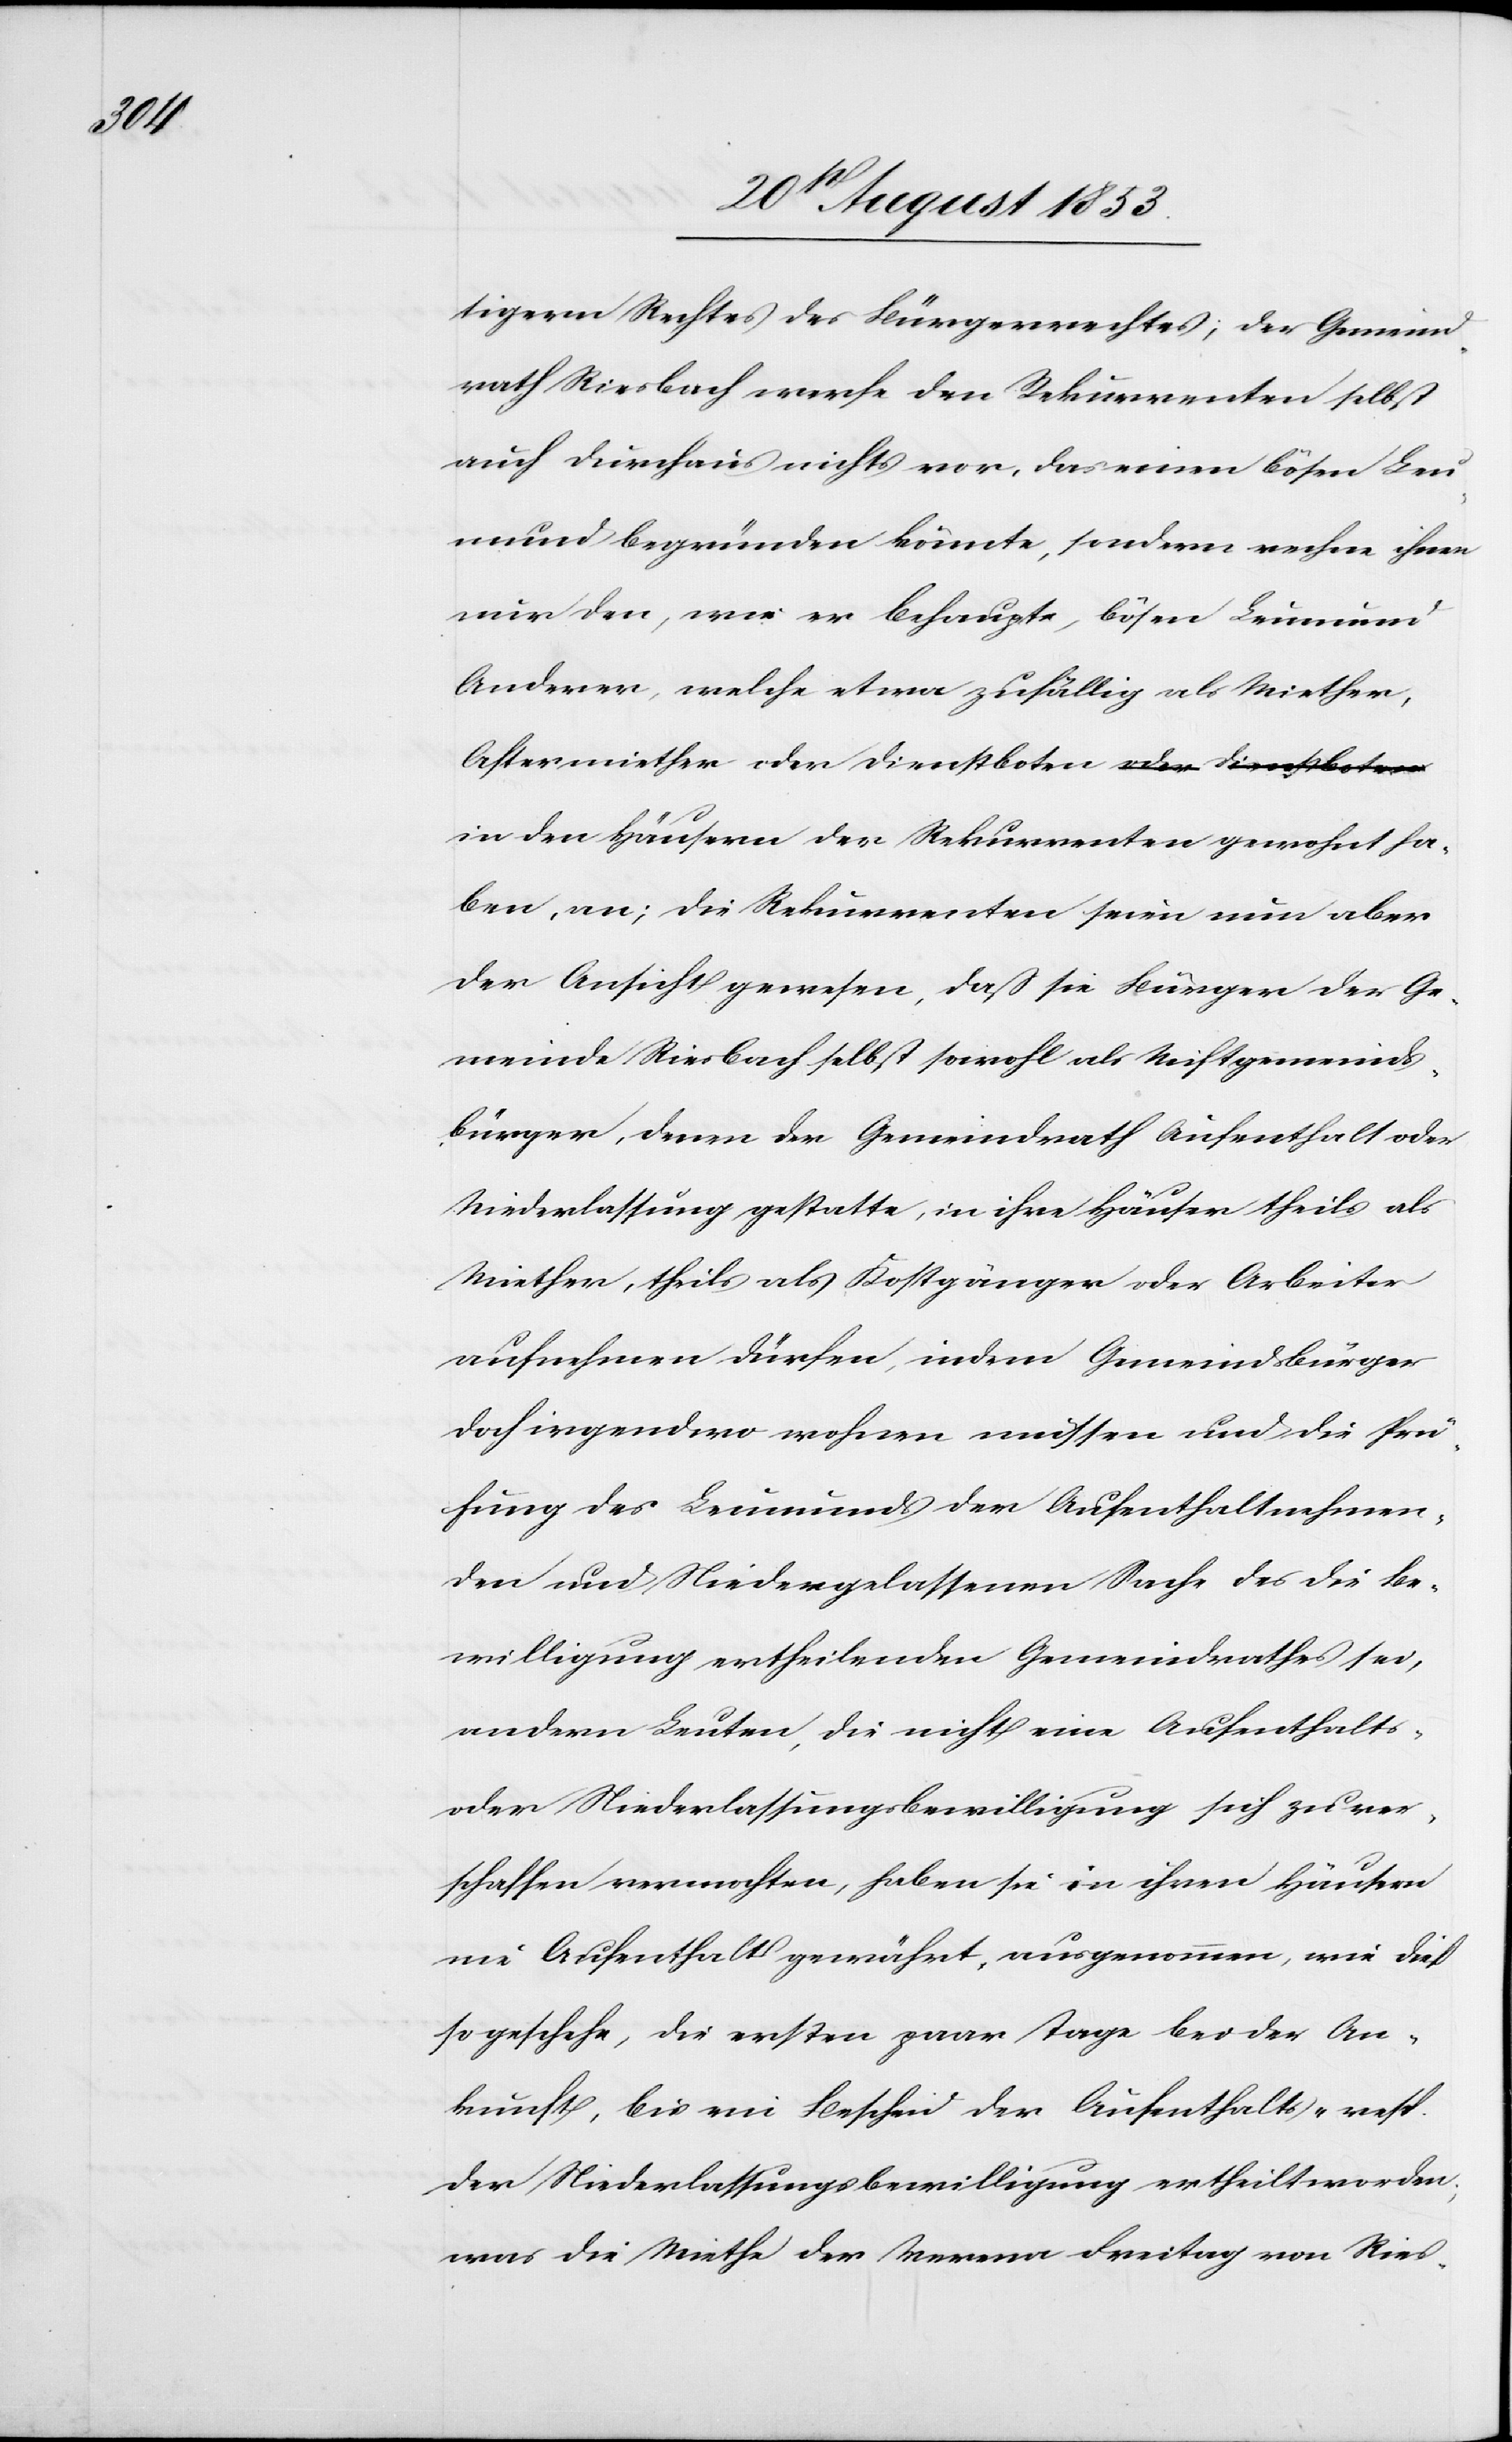
ha¬

tigern Rechtes des Bürgerrechtes; der Gemeind¬
rath Riesbach werfe den Rekurrenten selbst
auch durchaus nichts vor, das einen bösen Leu¬
mund begründen könnte, sondern rechne ihnen
nur den, wie er behaupte, bösen Leumund
Anderer, welche etwa zufällig als Miether,
Aftermiether oder Dienstboten in den Häusern
ben, an; die Rekurrenten seien nun aber
der Ansicht gewesen, daß die Bürger der Ge¬
meinde Riesbach selbst sowohl als Nichtgemeinds¬
bürger, denen der Gemeindrath Aufenthalt oder
Niederlassung gestatte, in ihre Häuser theils als
Miether, theils als Kostgänger oder Arbeiter
aufnehmen dürfen, indem Gemeindsbürger
doch irgendwo wohnen müssen und die Prü¬
fung des Leumund der Aufenthaltnehmen¬
den und Niedergelassenen Sache des die Be¬
willigung ertheilenden Gemeindrathes sei,
andern Leuten, die nicht eine Aufenthalts-
oder Niederlassungsbewilligung sich zu ver¬
schaffen vermochten, haben sie in ihren Häusern
nie Aufenthalt gewährt, ausgenommen, wie dieß
so geschehe, die ersten paar Tage bei der An¬
kunft, bis ein Bescheid der Aufenthalts- resp.
der Niederlaßungsbewilligung ertheilt worden,
was die Miethe der Verena Freitag von Ries-